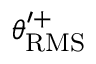
\theta _ { \mathrm { R M S } } ^ { \prime + }